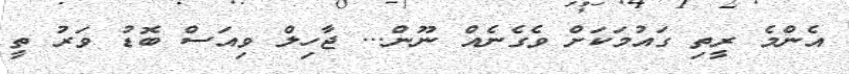
އެންމެ ރީތި ގައުމަކަށް ވެގެނެއް ނޫން... ޖާހިލް ވިއަސް ބޮޑު ވަރު ތީ